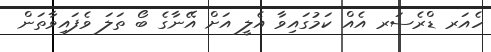
ހެއަރ ޑްރެސަރ އެއް ކަމުގައިވާ އެލީ އަށް އޭނާގެ ބޯ ތަލަ ވެފައިވާތަން